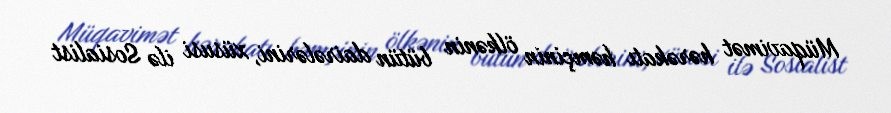
Müqavimət hərəkatı həmçinin ölkənin bütün dairələrini, xüsusi ilə Sosialist